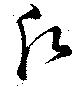
願